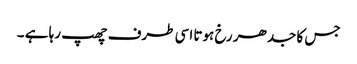
جس کا جدھر رخ ہوتا اسی طرف چھپ رہا ہے ۔